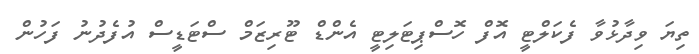
ތިޔަ ވިދާޅުވާ ފެކަލްޓީ އޮފް ހޮސްޕިޓަލިޓީ އެންޑް ޓޫރިޒަމް ސްޓަޑީސް އުފެދުނު ފަހުން